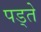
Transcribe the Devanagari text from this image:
पड्ते